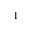
^ { 1 }